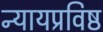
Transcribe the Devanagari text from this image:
न्यायप्रविष्ठ